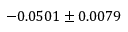
- 0 . 0 5 0 1 \pm 0 . 0 0 7 9